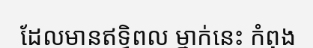
ដែលមានឥទ្ធិពល ម្នាក់នេះ កំពុង